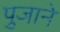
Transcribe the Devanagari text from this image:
पुजाने